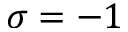
\sigma = - 1